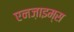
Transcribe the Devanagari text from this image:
एनज़ाइम्स